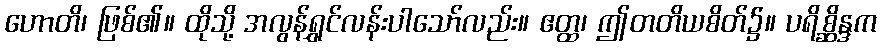
ဟောတိ၊ ဖြစ်၏။ ထိုသို့ အလွန်ရွှင်လန်းပါသော်လည်း။ ဧတ္ထ၊ ဤတတိယစိတ်၌။ ပရိစ္ဆိန္ဒက